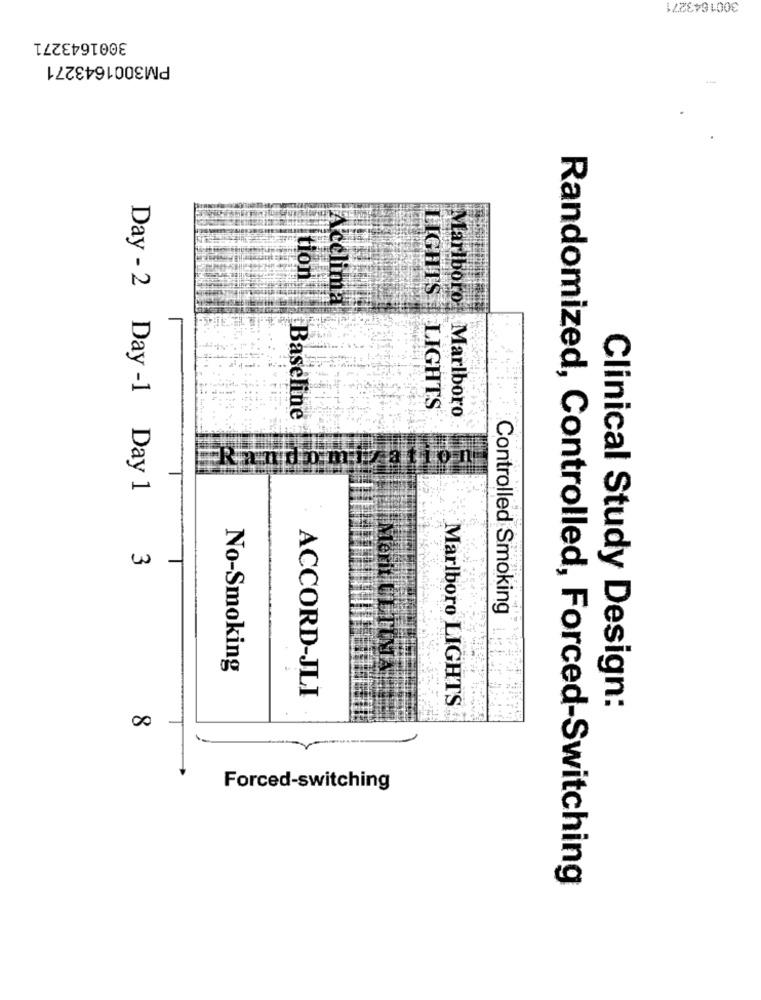
3001643271
3001643271
PM3001643271
tion
LIGHTS LIGHTS
Marlboro Marlboro
Baseline
Random
10 1
Day - 2 Day -1 Day 1
3
Controlled Smoking
No-Smoking
ACCORD-JLI
Marlboro LIGHTS
Clinical Study Design:
00
Forced-switching
Randomized, Controlled, Forced-Switching